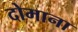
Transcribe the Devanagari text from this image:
दोमाना